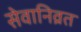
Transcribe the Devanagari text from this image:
सेवानिव्रत